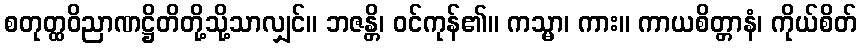
စတုတ္ထဝိညာဏဋ္ဌိတိတို့သို့သာလျှင်။ ဘဇန္တိ၊ ဝင်ကုန်၏။ ကသ္မာ၊ ကား။ ကာယစိတ္တာနံ၊ ကိုယ်စိတ်